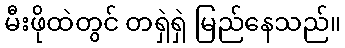
မီးဖိုထဲတွင် တရှဲရှဲ မြည်နေသည်။